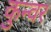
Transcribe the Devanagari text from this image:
कुन्वर